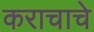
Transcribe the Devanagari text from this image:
कराचाचे